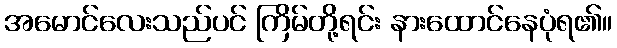
အမောင်လေးသည်ပင် ကြိမ်တို့ရင်း နားထောင်နေပုံရ၏။